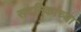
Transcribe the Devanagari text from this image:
सदनिकांच्या